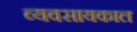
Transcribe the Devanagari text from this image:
व्यवसायकाल